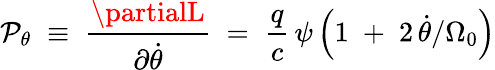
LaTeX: \mathcal{P}_{\theta}\; \equiv\; \frac{{\partialL}}{{\partial\dot{{\theta}}}}\; =\; \frac{{q}}{{c}}\, \psi\left(1\; +\; 2\, \dot{{\theta}}/\Omega_{0}\right)